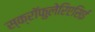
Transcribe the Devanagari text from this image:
स्क्रॉफुलेरिएसिई